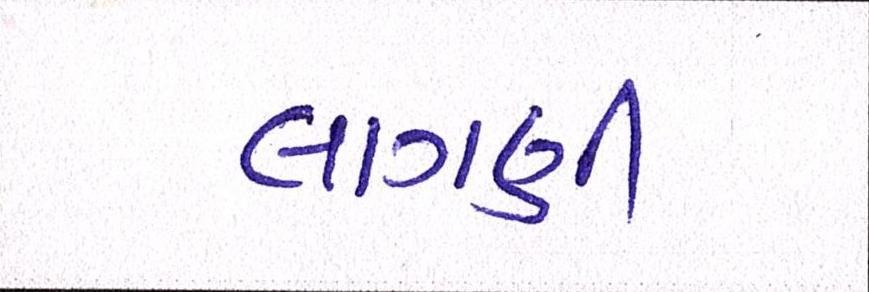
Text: લાગણી